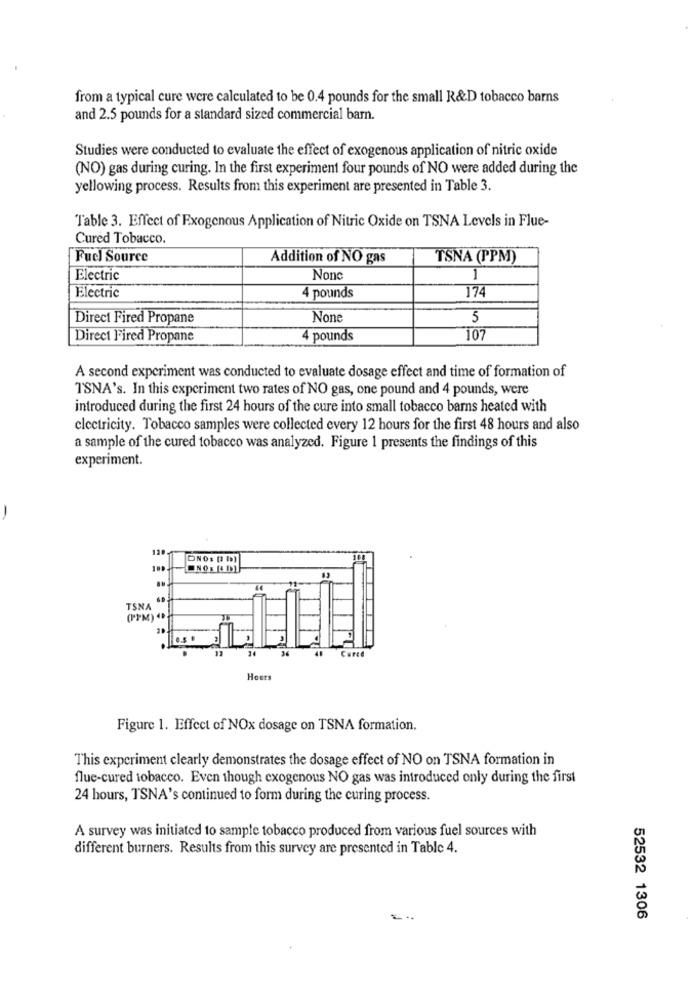
from a typical cure were calculated to be 0.4 pounds for the small R&D tobacco barns
and 2.5 pounds for a standard sized commercial barn.
Studies were conducted to evaluate the effect of exogenous application of nitric oxide
(NO) gas during curing. In the first experiment four pounds of NO were added during the
yellowing process. Results from this experiment are presented in Table 3.
Table 3. Effect of Exogenous Application of Nitric Oxide on TSNA Levels in Flue-
Cured Tobacco.
Fuel Source
Addition of NO gas
TSNA (PPM)
Electric
Nonc
1
Electric
4 pounds
174
Direct Fired Propane
5
Direct Fired Propane
4 pounds
107
A second experiment was conducted to evaluate dosage effect and time of formation of
TSNA's. In this experiment two rates of NO gas, one pound and 4 pounds, were
introduced during the first 24 hours of the cure into small tobacco barns heated with
electricity. Tobacco samples were collected every 12 hours for the first 48 hours and also
a sample of the cured tobacco was analyzed. Figure 1 presents the findings of this
experiment.
-
DNO: DD)
TSNA
(PPM)
Carce
Hosts
Figure 1. Effect of NOx dosage on TSNA formation.
This experiment clearly demonstrates the dosage effect of NO on TSNA formation in
flue-cured tobacco. Even though exogenous NO gas was introduced only during the first
24 hours, TSNA's continued to form during the curing process.
A survey was initiated to sample tobacco produced from various fuel sources with
different burners. Results from this survey are presented in Table 4.
52532 1306